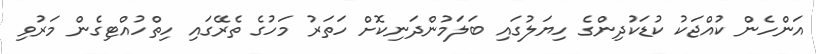
އަންހެން ކުއްޖަކު ކުޑަކުދިންގެ ހިޔަލުގައި ބަލަމުންދަނިކޮށް ހަތަރު މަހުގެ ތެރޭގައި ހިތްހުއްޓިގެން މަރުވި